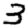
Digit: 3